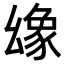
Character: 𢇐